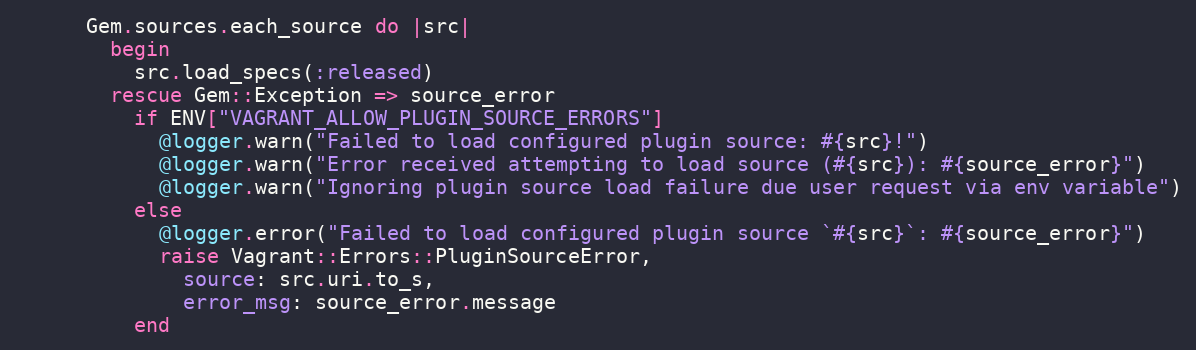
Language: Ruby
      Gem.sources.each_source do |src|
        begin
          src.load_specs(:released)
        rescue Gem::Exception => source_error
          if ENV["VAGRANT_ALLOW_PLUGIN_SOURCE_ERRORS"]
            @logger.warn("Failed to load configured plugin source: #{src}!")
            @logger.warn("Error received attempting to load source (#{src}): #{source_error}")
            @logger.warn("Ignoring plugin source load failure due user request via env variable")
          else
            @logger.error("Failed to load configured plugin source `#{src}`: #{source_error}")
            raise Vagrant::Errors::PluginSourceError,
              source: src.uri.to_s,
              error_msg: source_error.message
          end